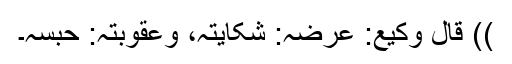
)) قَالَ وَکِیْعٌ: عِرْضَہُ: شَکَایَتَہُ، وَعُقُوْبَتُہُ: حَبْسُہُ۔